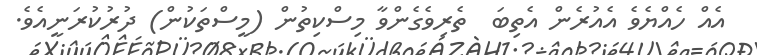
އެއް ހެއްޔެވެ އެއުރެން އެތިބަ  ތެރިވެގެންވާ މިސްކިތުން (މީސްތަކުން) ދުރުކުރަނީއެވެ.